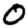
Digit: 0